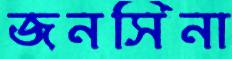
জনসিনা